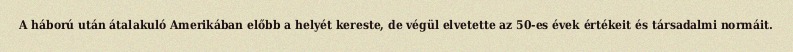
A háború után átalakuló Amerikában előbb a helyét kereste, de végül elvetette az 50-es évek értékeit és társadalmi normáit.